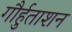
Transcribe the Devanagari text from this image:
गौर्हुताशन